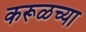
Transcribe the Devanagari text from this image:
करूळच्या